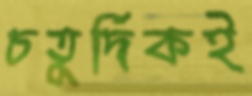
চতুর্দিকই